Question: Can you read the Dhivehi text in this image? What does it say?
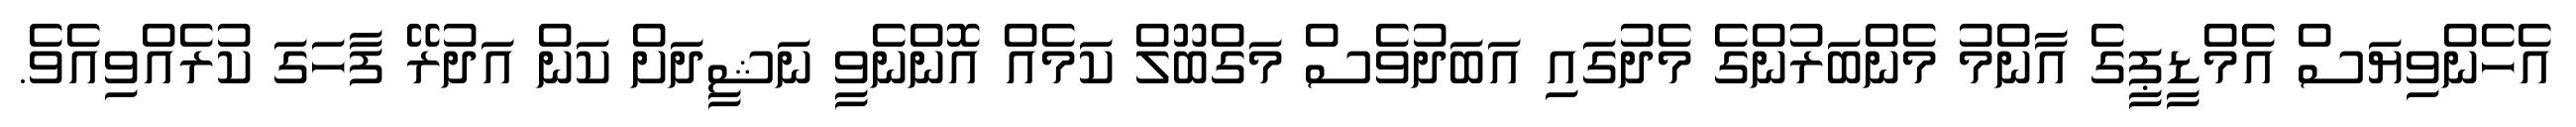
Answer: އެހެންވިޔަސް އެމްޑީޕީގެ އާންމު މެންބަރުންގެ މެދުގައި އަބަދުވެސް މަގްބޫލް ކަމެއް އޮންނެވީ ނަޝީދަށް ކަން އަދުރޭ ފާހަގަ ކުރެއްވިއެވެ.